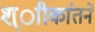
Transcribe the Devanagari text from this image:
श्ाीकांतने